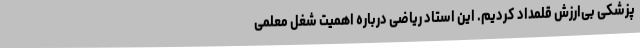
پزشکی بی‌ارزش قلمداد کردیم. این استاد ریاضی درباره اهمیت شغل معلمی